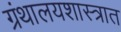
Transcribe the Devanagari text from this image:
ग्रंथालयशास्त्रात